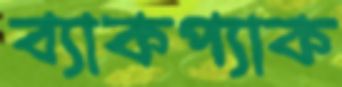
ব্যাকপ্যাক